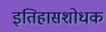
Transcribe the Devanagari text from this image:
इतिहासशोधक